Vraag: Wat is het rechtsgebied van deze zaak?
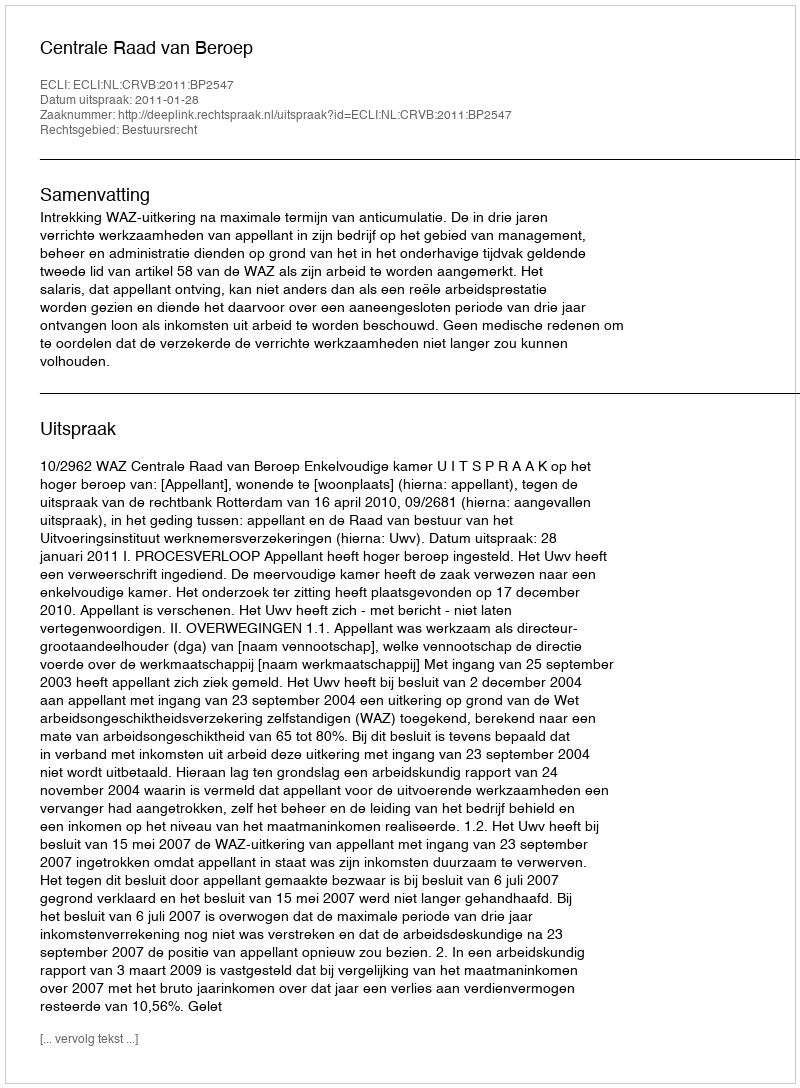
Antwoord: Bestuursrecht